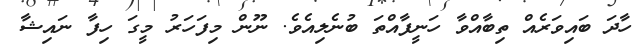
ހާދަ ބައިވަރެއް ތިބާއްވާ ހަނީފާއްތަ ބުނެލިއެވެ. ނޫން މިފަހަރު މީގަ ހިފާ ނައިޝާ